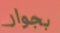
بجوار